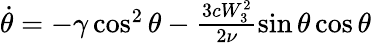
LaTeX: \begin{array}{r}{\dot{\theta}=-\gamma\cos^{2}\theta-\frac{3cW_{3}^{2}}{2\nu}\sin\theta\cos\theta}\end{array}